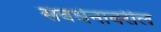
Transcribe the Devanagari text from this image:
संवर्धनावरील